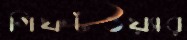
গিফটওয়্যার